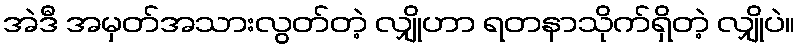
အဲဒီ အမှတ်အသားလွတ်တဲ့ လျှိုဟာ ရတနာသိုက်ရှိတဲ့ လျှိုပဲ။